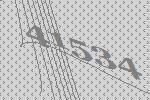
41534